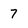
Character: 7